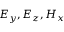
E _ { y } , E _ { z } , H _ { x }